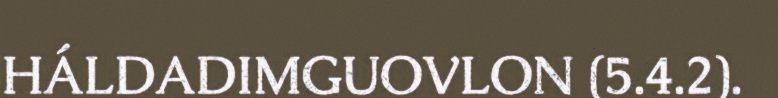
HÁLDADIMGUOVLON (5.4.2).